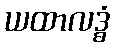
ယထာလဒ္ဓံ